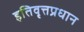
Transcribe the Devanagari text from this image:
इतिवृत्तप्रधान